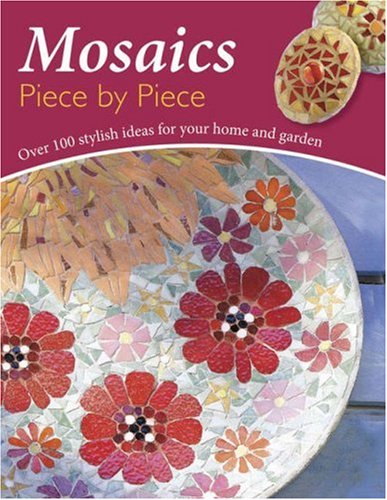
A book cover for Mosaics Piece by Piece; Bruno Rodi; Arts & Photography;